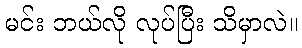
မင်း ဘယ်လို လုပ်ပြီး သိမှာလဲ။